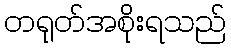
တရုတ်အစိုးရသည်